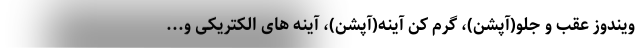
ویندوز عقب و جلو(آپشن)، گرم کن آینه(آپشن)، آینه های الکتریکی و...